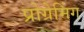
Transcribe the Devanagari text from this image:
प्रोग्रेमिंग